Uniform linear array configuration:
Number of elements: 12
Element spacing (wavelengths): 0.75
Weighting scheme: binomial
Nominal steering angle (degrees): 30
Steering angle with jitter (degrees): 31.948
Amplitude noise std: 0.05
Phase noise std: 0.05

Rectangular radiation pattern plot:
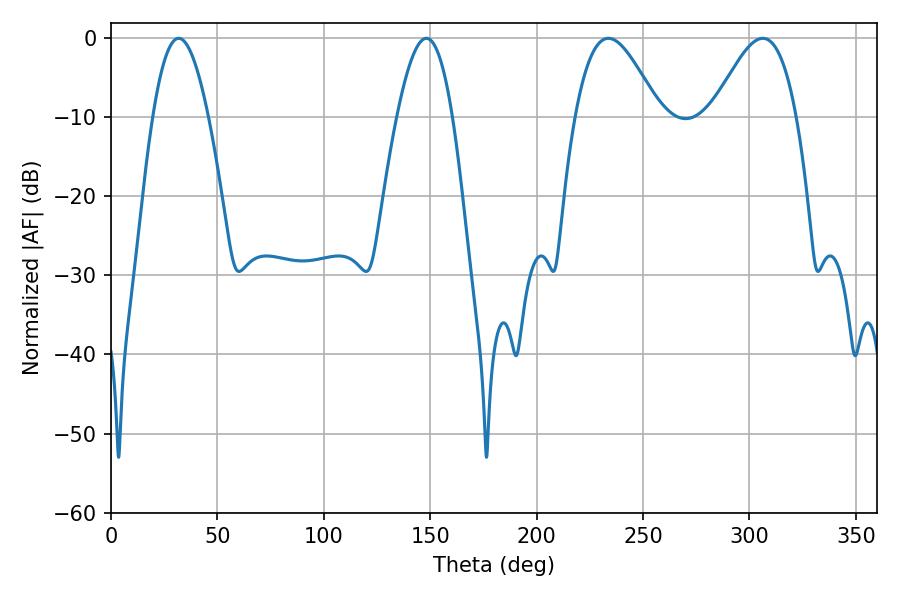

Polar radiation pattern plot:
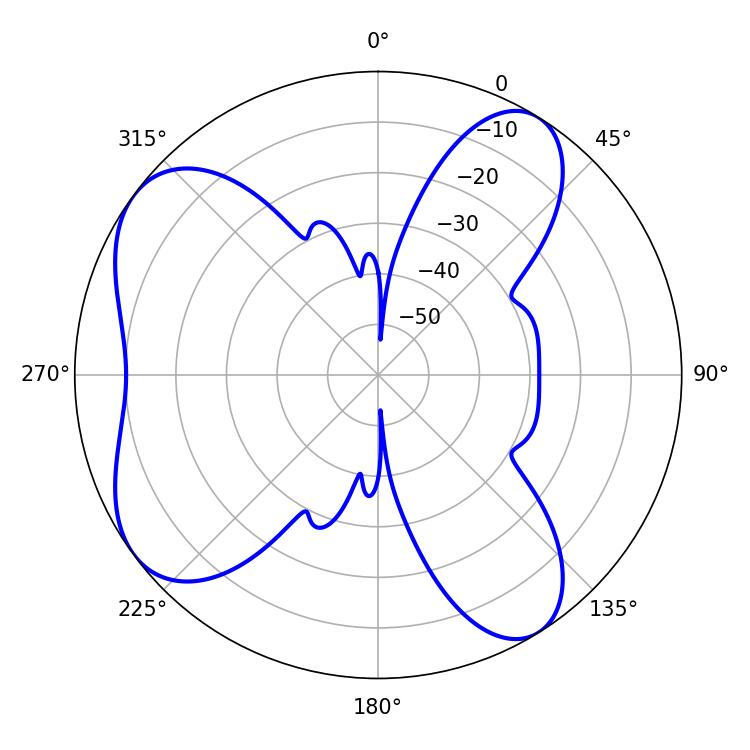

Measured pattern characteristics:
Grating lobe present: TRUE
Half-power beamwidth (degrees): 14.22
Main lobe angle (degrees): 31.86